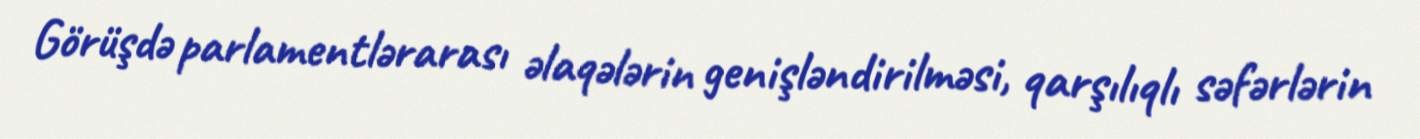
Görüşdə parlamentlərarası əlaqələrin genişləndirilməsi, qarşılıqlı səfərlərin